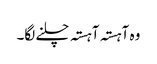
وہ آہستہ آہستہ چلنے لگا۔